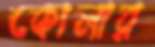
কোলার